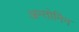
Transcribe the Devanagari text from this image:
अन्तोनिन